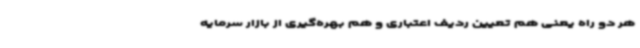
هر دو راه یعنی هم تعیین ردیف اعتباری و هم بهره‌گیری از بازار سرمایه